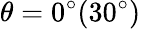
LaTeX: \theta=0^{\circ}(30^{\circ})